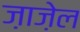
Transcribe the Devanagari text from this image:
ज़ाज़ेल